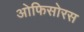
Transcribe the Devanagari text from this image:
ओफिसोरस